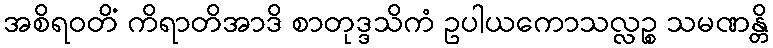
အစိရဝတိံ ကိရာတိအာဒိ စာတုဒ္ဒသိကံ ဥပါယကောသလ္လဉ္စ သမဏန္တိ